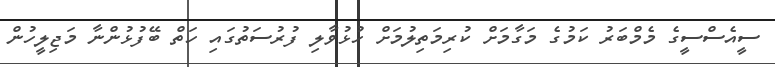
ސީއެސްސީގެ މެމްބަރު ކަމުގެ މަގާމަށް ކުރިމަތިލުމަށް ހުޅުވާލި ފުރުސަތުގައި ހަތް ބޭފުޅުންނާ މަޖިލީހުން